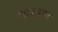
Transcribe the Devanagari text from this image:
था।साथ